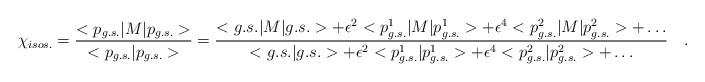
LaTeX: \begin{align*}\chi_{isos.}=\frac{<p_{g.s.}|M|p_{g.s.}>}{<p_{g.s.}|p_{g.s.}>}=\frac{<g.s.|M|g.s.>+\epsilon^{2}<p_{g.s.}^{1}|M|p_{g.s.}^{1}>+\epsilon^{4}<p_{g.s.}^{2}|M|p_{g.s.}^{2}>+\ldots}{<g.s.|g.s.>+\epsilon^{2}<p_{g.s.}^{1}|p_{g.s.}^{1}>+\epsilon^{4}<p_{g.s.}^{2}|p_{g.s.}^{2}>+\ldots}\quad .\end{align*}